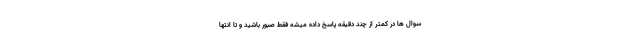
سوال ها در کمتر از چند دقیقه پاسخ داده میشه فقط صبور باشید و تا انتها